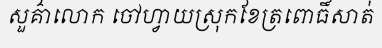
សួគ៌ាលោក ចៅហ្វាយស្រុកខែត្រពោធិ៍សាត់